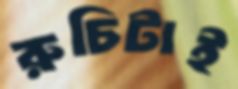
রুচিটাই